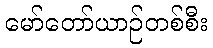
မော်တော်ယာဉ်တစ်စီး